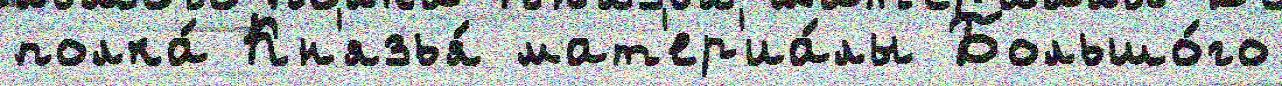
полка́ Кн'язья́ мат'ер'иа́лы Большо́го